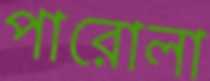
পারোলা